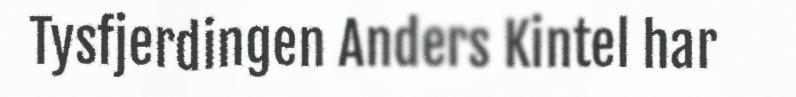
Tysfjerdingen Anders Kintel har